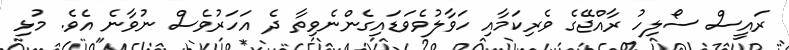
ރައީސް ސޯލިހު ރާއްޖޭގެ ވެރިކަމާއި ހަވާލުވެވަޑައިގެންނެވިތާ ދެ އަހަރުވެސް ނުވާނެ އެވެ. މުޅި